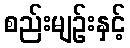
စည်းမျဉ်းနှင့်